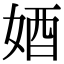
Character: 𡜳